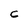
Character: C